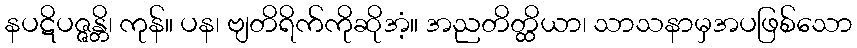
နပဋိပဇ္ဇန္တိ၊ ကုန်။ ပန၊ ဗျတိရိက်ကိုဆိုအံ့။ အညတိတ္ထိယာ၊ သာသနာမှအပဖြစ်သော